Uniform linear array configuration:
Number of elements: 32
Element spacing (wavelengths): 0.75
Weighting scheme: binomial
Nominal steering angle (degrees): -15
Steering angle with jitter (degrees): -13.237
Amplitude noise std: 0.05
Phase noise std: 0.05

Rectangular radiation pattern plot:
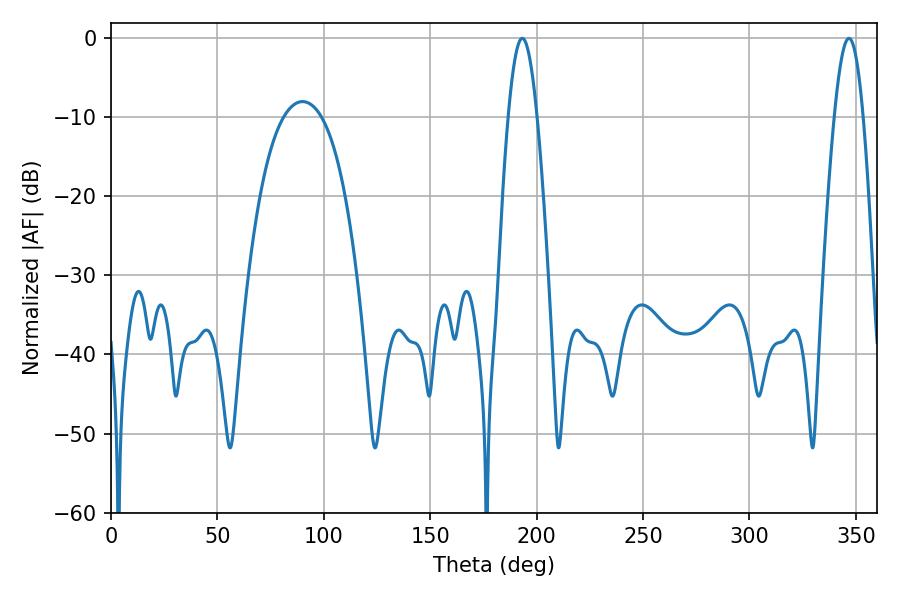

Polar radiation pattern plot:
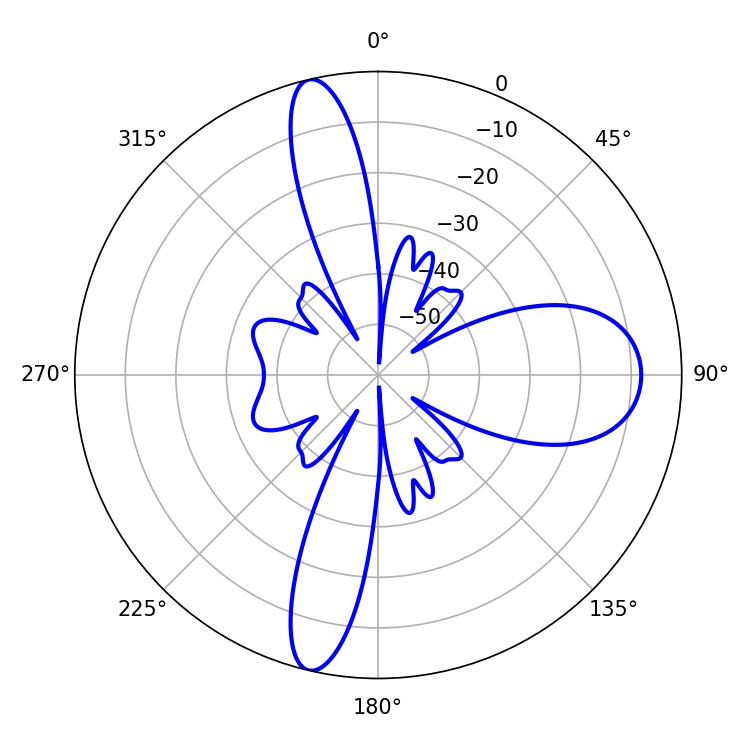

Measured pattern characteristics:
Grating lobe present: TRUE
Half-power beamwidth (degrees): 7.2
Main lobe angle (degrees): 193.32